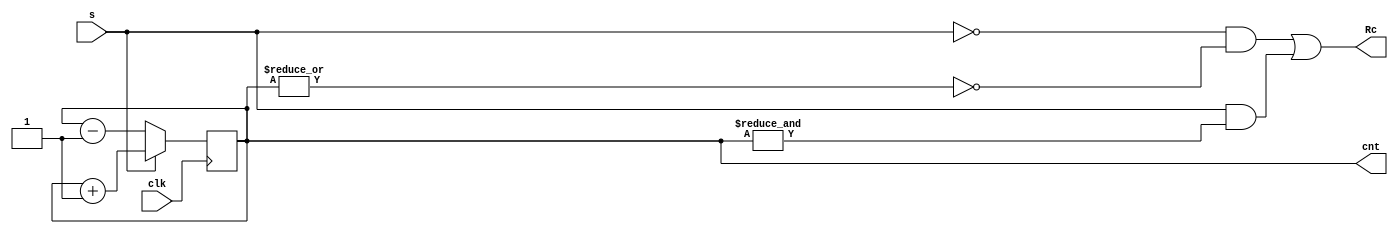
// reversible counter with 16 bits as output

module Counter16bRev(clk, s, cnt, Rc);
    input wire clk, s;
    output reg [15:0] cnt;
    output wire Rc;

    initial cnt = 0;

    assign Rc = (~s & (~|cnt)) | (s & (&cnt));
    always @ (posedge clk) begin
        if (s)
            cnt <= cnt + 1;
        else
            cnt <= cnt - 1;
    end
endmodule